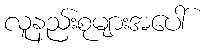
လူနည်းစုများအပေါ်